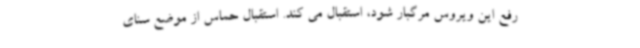
رفع این ویروس مرگبار شود، استقبال می کند. استقبال حماس از موضع سنای